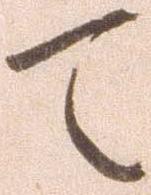
て